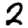
Digit: 2